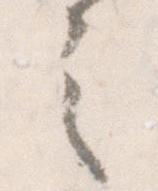
之